Annual report of the Imperial Bacteriological Laboratory, Muktesar
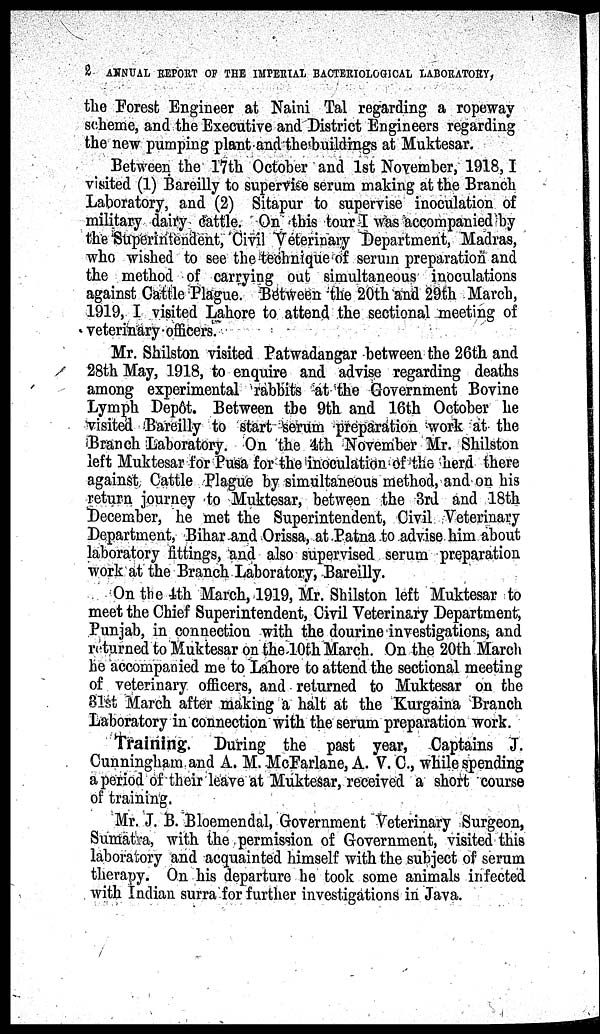
2 ANNUAL REPORT OF THE IMPERIAL BACTERIOLOGICAL LABORATORY,
the Forest Engineer at Naini Tal regarding a ropeway
scheme, and the Executive and District Engineers regarding
the new pumping plant and the buildings at Muktesar.
Between the 17th October and 1st November, 1918,I
visited (1) Bareilly to supervise serum making at the Branch
Laboratory, and (2) Sitapur to supervise inoculation of
military dairy cattle. On this tour I was accompanied by
the Superintendent, Civil Veterinary Department, Madras,
who wished to see the technique of serum preparation and
the method of carrying out simultaneous inoculations
against Cattle Plague. Between the 20th and 29th March,
1919, I visited Lahore to attend the sectional meeting of
veterinary officers.
Mr. Shilston visited Patwadangar between the 26th and
28th May, 1918, to enquire and advise regarding deaths
among experimental rabbits at the Government Bovine
Lymph Depôt. Between the 9th and 16th October he
visited Bareilly to start serum preparation work at the
Branch Laboratory. On the 4th November Mr. Shilston
left Muktesar for Pusa for the inoculation of the herd there
against Cattle Plague by simultaneous method, and on his
return journey to Muktesar, between the 3rd and 18th
December, he met the Superintendent, Civil Veterinary
Department, Bihar and Orissa, at Patna to advise him about
laboratory fittings, and also supervised serum preparation
work at the Branch Laboratory, Bareilly.
On the 4th March, 1919, Mr. Shilston left Muktesar to
meet the Chief Superintendent, Civil Veterinary Department,
Punjab, in connection with the dourine investigations, and
returned to Muktesar on the 10th March. On the 20th March
he accompanied me to Lahore to attend the sectional meeting
of veterinary officers, and returned to Muktesar on the
31st March after making a halt at the Kurgaina Branch
Laboratory in connection with the serum preparation work.
Training. During the past year, Captains J.
Cunningham and A. M. McFarlane, A. V. C., while spending
a period of their leave at Muktesar, received a short course
of training.
Mr. J. B. Bloemendal, Government Veterinary Surgeon,
Sumatra, with the permission of Government, visited this
laboratory and acquainted himself with the subject of serum
therapy. On his departure he took some animals infected
with Indian surra for further investigations in Java.